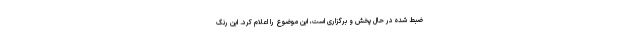
ضبط شده در حال پخش و برگزاری است، این موضوع را اعلام کرد. این رنگ